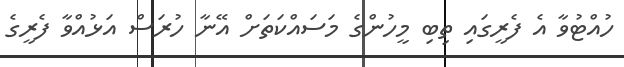
ހުއްޓުވާ އެ ފެރީގައި ތިބި މީހުންގެ މަސައްކަތަށް އޭނާ ހުރަސް އަޅުއްވާ ފެރީގެ